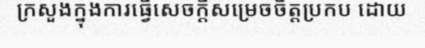
ក្រសួងក្នុងការធ្វើសេចក្តីសម្រេចចិត្តប្រកប ដោយ